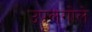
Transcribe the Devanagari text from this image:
उपलगोले